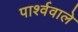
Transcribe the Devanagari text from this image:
पार्श्ववाले